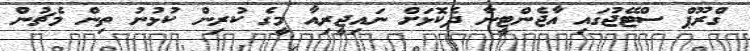
ގްރޫޕް ސްޓޭޖުގައި އާޖެންޓީނާ ދެކޮޅަށް ނައިޖީރިއާ މީގެ ކުރިން ކުޅުނު ތިން މެޗުން